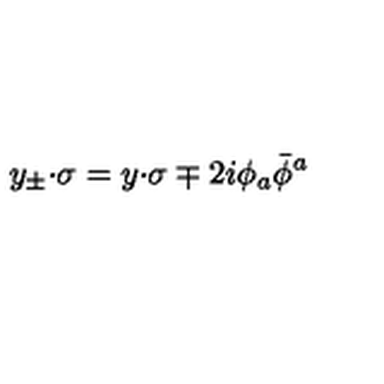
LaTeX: y _ { \pm } { \cdot \sigma } = y { \cdot \sigma } \mp 2 i \phi _ { a } \bar { \phi } { } ^ { a }